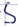
Text: S